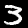
Label: 3